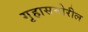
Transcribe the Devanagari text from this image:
गृहासमोरील